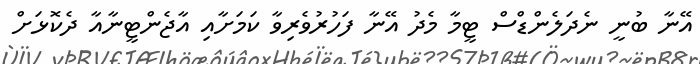
އޭނާ ބުނީ ނެދަލެންޑްސް ޓީމާ މެދު އޭނާ ފަހުރުވެރިވާ ކަމަށާއި އާޖެންޓީނާއާ ދެކޮޅަށް